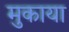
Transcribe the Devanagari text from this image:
मुकाया